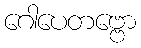
ဂေါပေတဗ္ဗော